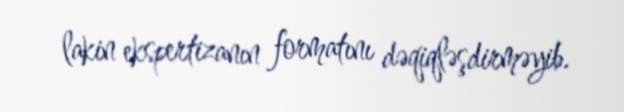
lakin ekspertizanın formatını dəqiqləşdirməyib.